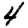
Digit: 4